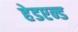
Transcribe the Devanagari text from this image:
हेडएन्ड